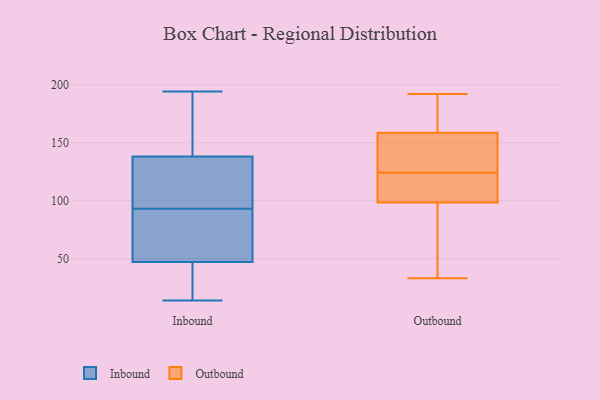
{"axis": {"x": "Humidity (%)", "y": "Value"}, "legend": ["Inbound", "Outbound"], "data": [{"x": "", "y": 47, "type": "Inbound"}, {"x": "", "y": 138, "type": "Inbound"}, {"x": "", "y": 165, "type": "Inbound"}, {"x": "", "y": 46, "type": "Inbound"}, {"x": "", "y": 14, "type": "Inbound"}, {"x": "", "y": 127, "type": "Inbound"}, {"x": "", "y": 106, "type": "Inbound"}, {"x": "", "y": 14, "type": "Inbound"}, {"x": "", "y": 194, "type": "Inbound"}, {"x": "", "y": 85, "type": "Inbound"}, {"x": "", "y": 101, "type": "Inbound"}, {"x": "", "y": 185, "type": "Inbound"}, {"x": "", "y": 76, "type": "Inbound"}, {"x": "", "y": 65, "type": "Inbound"}, {"x": "", "y": 93, "type": "Outbound"}, {"x": "", "y": 117, "type": "Outbound"}, {"x": "", "y": 111, "type": "Outbound"}, {"x": "", "y": 131, "type": "Outbound"}, {"x": "", "y": 135, "type": "Outbound"}, {"x": "", "y": 192, "type": "Outbound"}, {"x": "", "y": 114, "type": "Outbound"}, {"x": "", "y": 33, "type": "Outbound"}, {"x": "", "y": 77, "type": "Outbound"}, {"x": "", "y": 139, "type": "Outbound"}, {"x": "", "y": 104, "type": "Outbound"}, {"x": "", "y": 157, "type": "Outbound"}, {"x": "", "y": 190, "type": "Outbound"}, {"x": "", "y": 173, "type": "Outbound"}, {"x": "", "y": 46, "type": "Outbound"}, {"x": "", "y": 160, "type": "Outbound"}]}